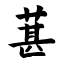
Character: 葚